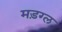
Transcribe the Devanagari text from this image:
मड़ग्ल